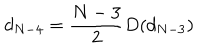
d _ { N - 4 } = \frac { N - 3 } { 2 } D ( d _ { N - 3 } )